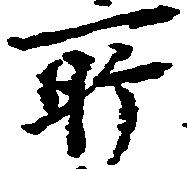
所